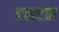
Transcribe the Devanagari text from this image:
रशटन